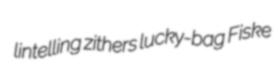
lintelling zithers lucky-bag Fiske